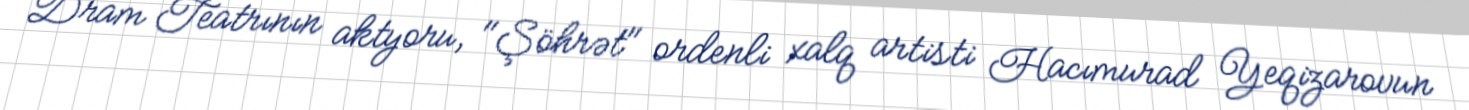
Dram Teatrının aktyoru, "Şöhrət" ordenli xalq artisti Hacımurad Yeqizarovun